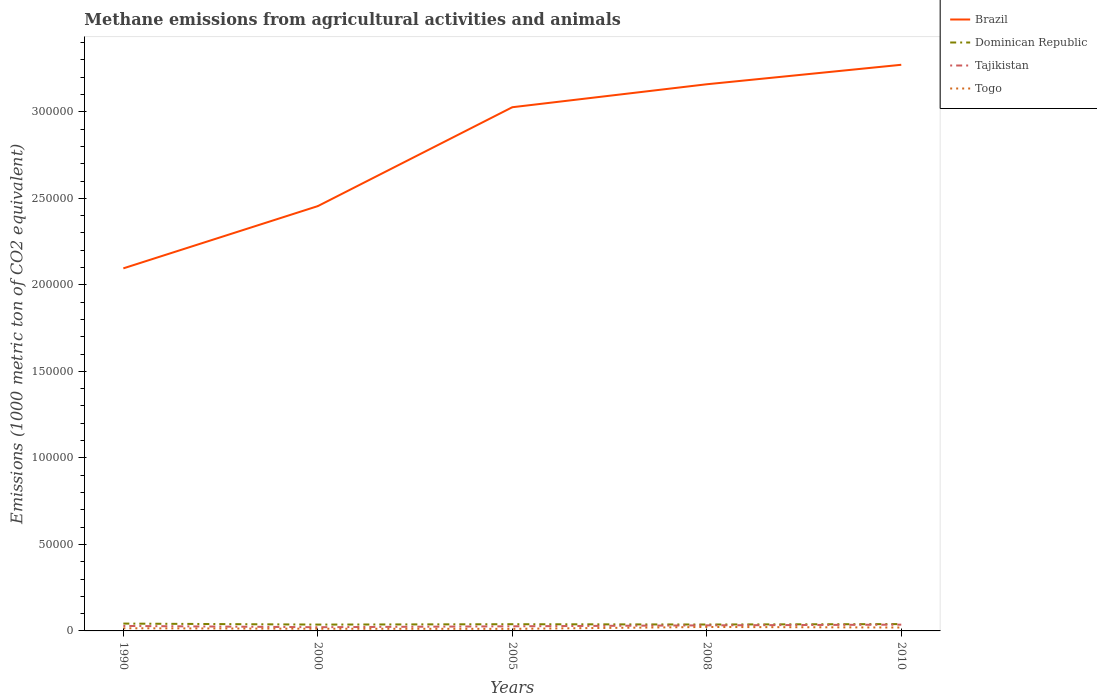
| Years | Brazil | Dominican Republic | Tajikistan | Togo |
 | --- | --- | --- | --- | --- |
 | 1990 | 2.1e+05 | 4.24e+03 | 2.87e+03 | 1.53e+03 |
 | 2000 | 2.45e+05 | 3.66e+03 | 2.15e+03 | 1.27e+03 |
 | 2005 | 3.03e+05 | 3.88e+03 | 2.67e+03 | 1.19e+03 |
 | 2008 | 3.16e+05 | 3.7e+03 | 3.21e+03 | 2.29e+03 |
 | 2010 | 3.27e+05 | 3.95e+03 | 3.62e+03 | 1.96e+03 |